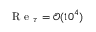
\mathrm { ~ R ~ e ~ } _ { \tau } = \mathcal O ( 1 0 ^ { 4 } )